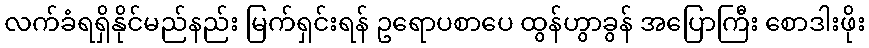
လက်ခံရရှိနိုင်မည်နည်း မြက်ရှင်းရန် ဥရောပစာပေ ထွန်ဟွာခွန် အပြောကြီး စောဒါးဖိုး